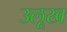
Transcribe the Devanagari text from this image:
उलूख